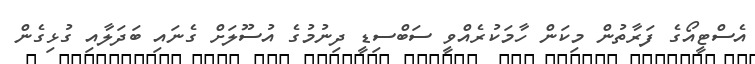
އެސްޓީއޯގެ ފަރާތުން މިކަން ހާމަކުރެއްވީ ސަބްސިޑީ ދިނުމުގެ އުސޫލަށް ގެނައި ބަދަލާއި ގުޅިގެން